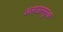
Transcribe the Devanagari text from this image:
अलाउलमुल्क